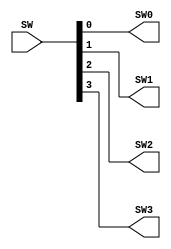
`timescale 1ns / 1ps
//////////////////////////////////////////////////////////////////////////////////
// Company: 
// Engineer: 
// 
// Design Name: 
// Module Name: deconcat
// Project Name: 
// Target Devices: 
// Tool Versions: 
// Description: 
// 
// Dependencies: 
// 
// Revision:
// Revision 0.01 - File Created
// Additional Comments:
// 
//////////////////////////////////////////////////////////////////////////////////


module deconcat(
    
    input [3 : 0] SW,
    
    output SW0,
    output SW1,
    output SW2,
    output SW3
);

    assign SW0 = SW[0];
    assign SW1 = SW[1];
    assign SW2 = SW[2];
    assign SW3 = SW[3];
endmodule